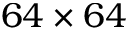
6 4 \times 6 4